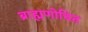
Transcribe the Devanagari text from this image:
ब्राह्मणोचित